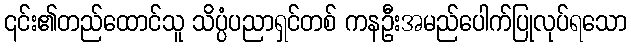
၎င်း၏တည်ထောင်သူ သိပ္ပံပညာရှင်တစ် ကနဦးအမည်ပေါက်ပြုလုပ်ရသော